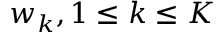
w _ { k } , 1 \le k \le K